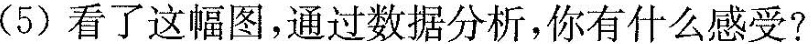
(5)看了这幅图，通过数据分析，你有什么感受?